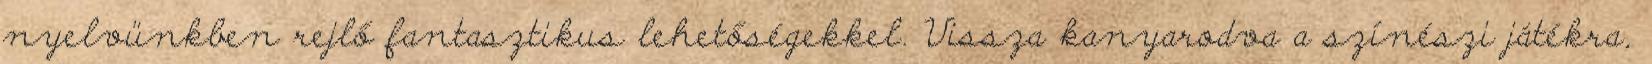
nyelvünkben rejlő fantasztikus lehetőségekkel. Vissza kanyarodva a színészi játékra,